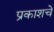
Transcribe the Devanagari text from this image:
प्रकाशचे